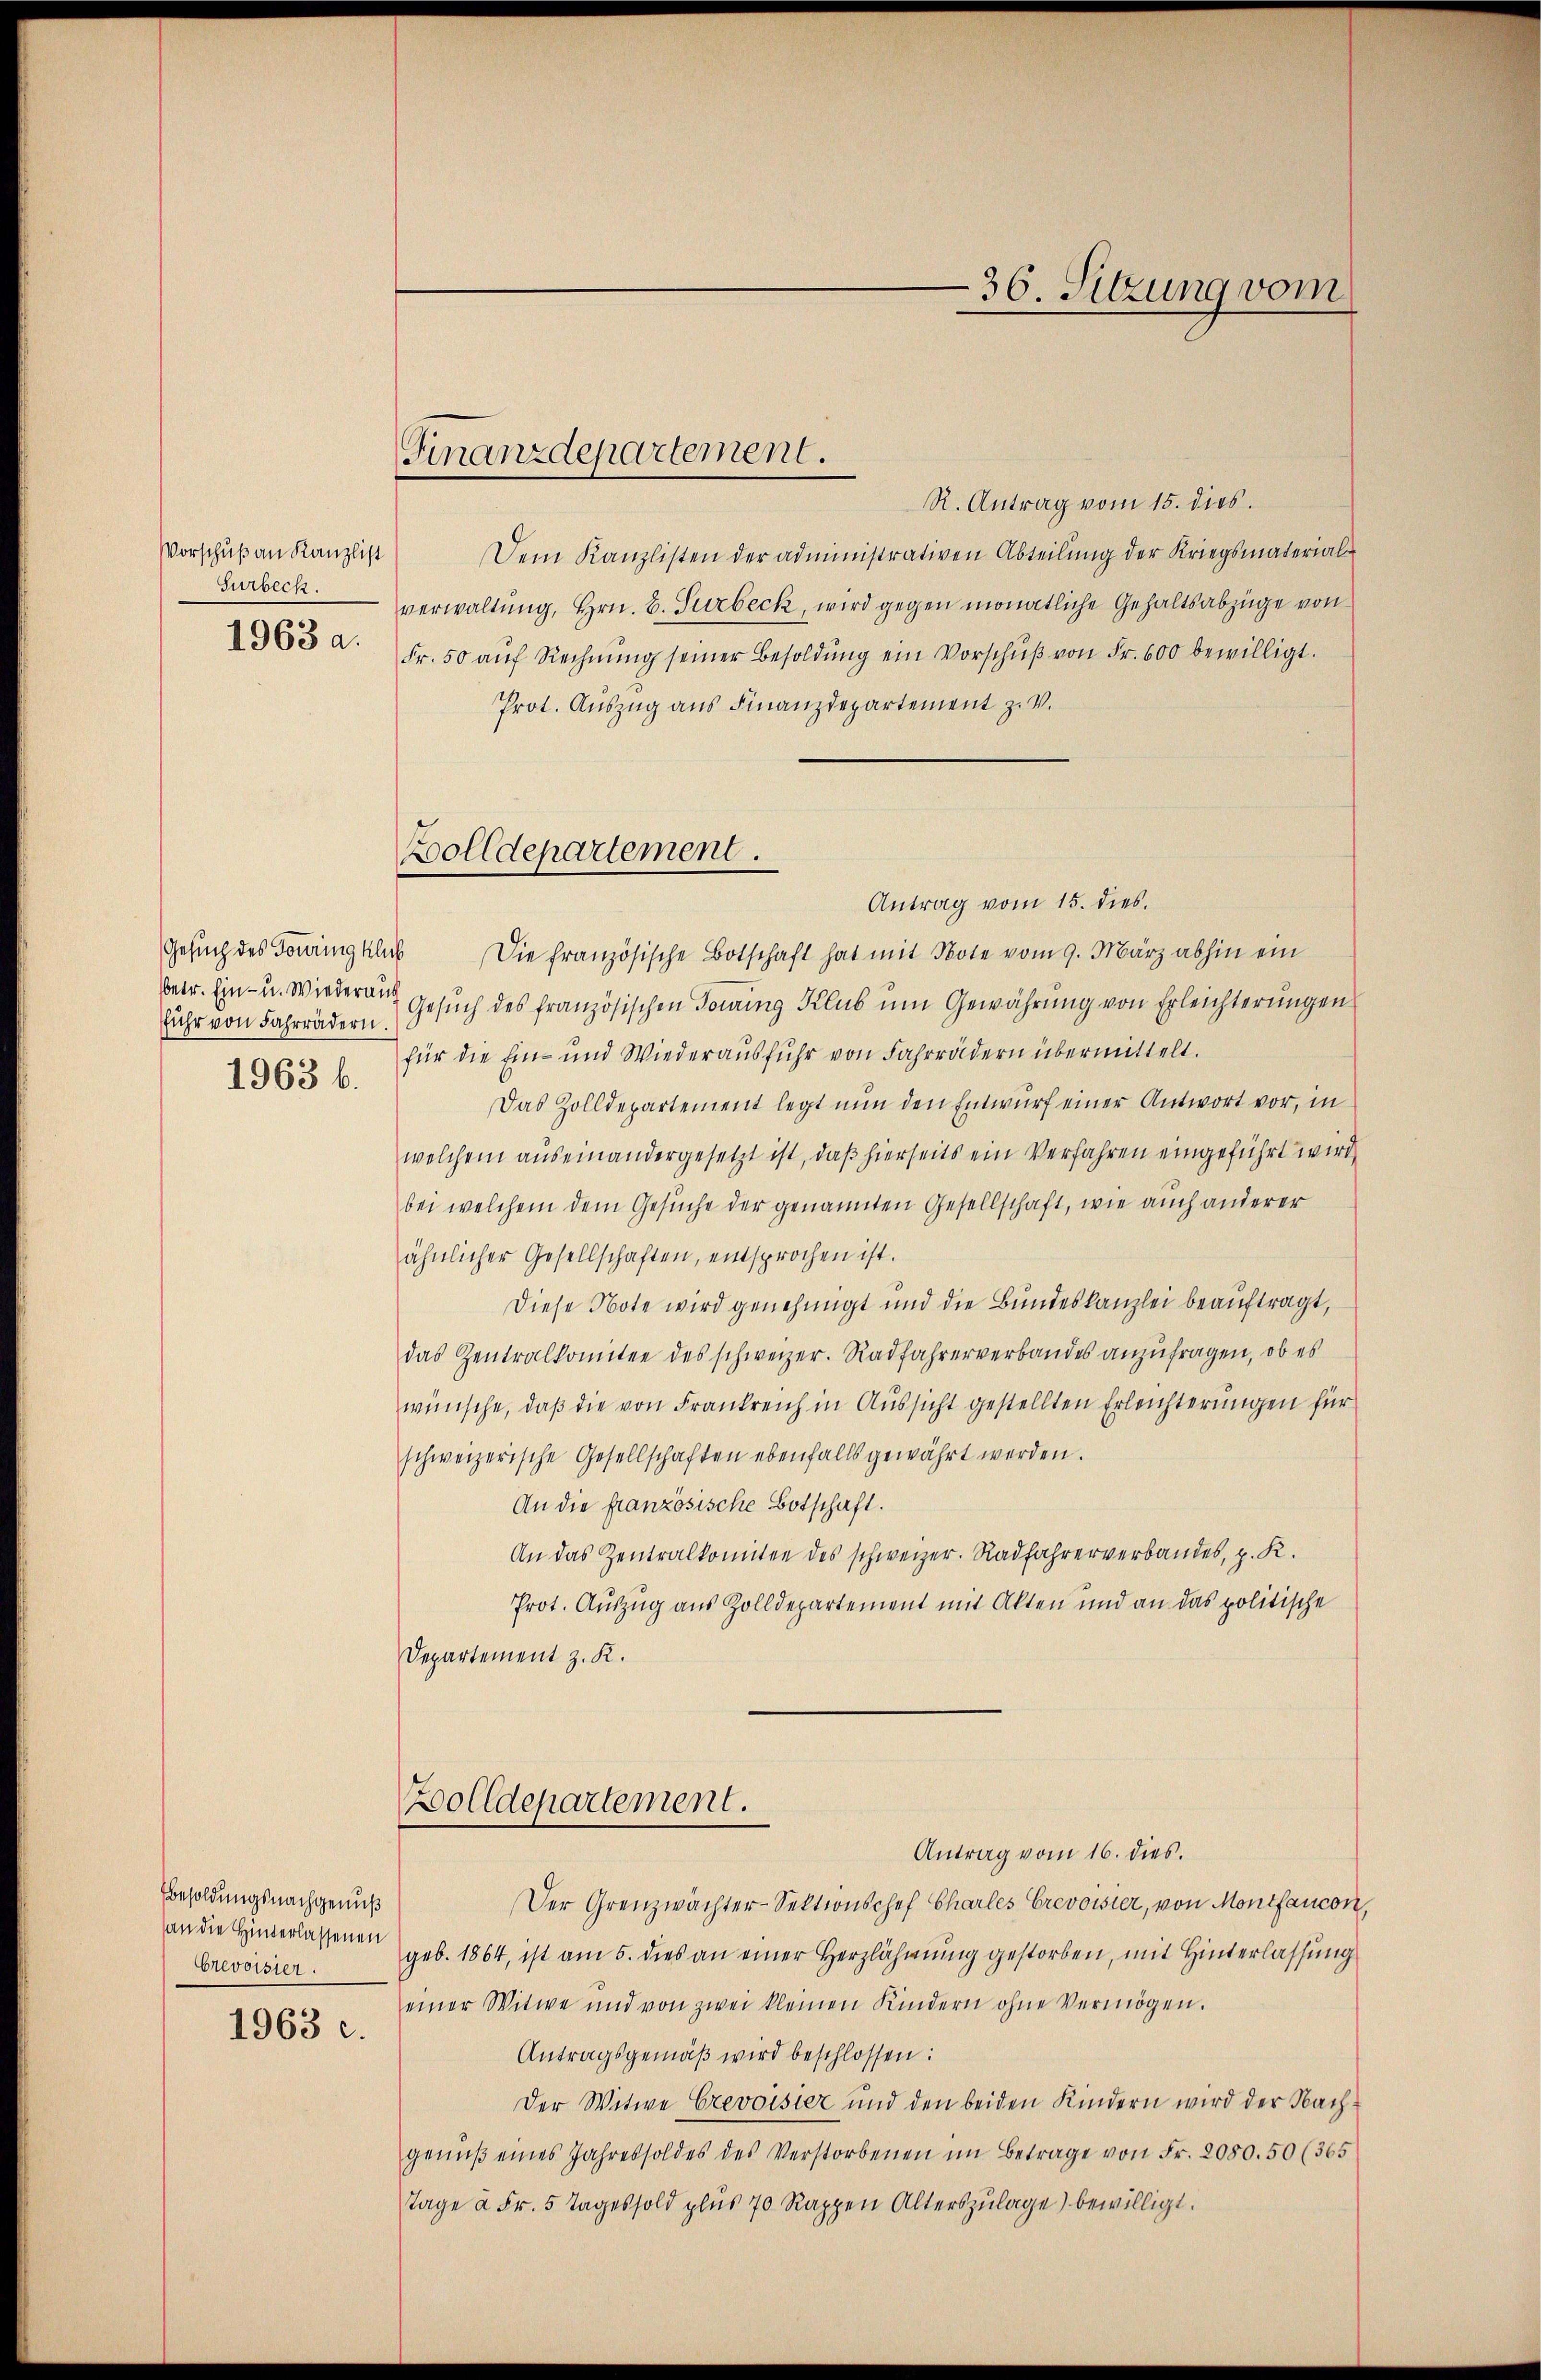
Vorschuß an Kanzlist
Surbeck.
1963 a.

fuhr von Fahrrädern.
1963 b.

besoldungsnachgenuß
(an die Hinterlassenen
Crevoisier.
1963 c.

R. Antrag vom 15. dies.
Dem Kanzlisten der administrativen Abteilung der Kriegsmaterialverwaltung, Hrn. B. Turbeck, wird gegen monatliche Gehaltsabzüge von
Fr. 50 aŭf Rechnŭng seiner Besoldŭng ein Vorschŭβ von Fr. 600 bewilligt.
Prot. Auszug aus Finanzdepartement z. v.
Antrag vom 15. dies.
Gesŭch des Torningklub Die französische Botschaft hat mit Note vom 9. März abhin ein
betr. Ein- u. Wieder Gesuch des französischen Tording Klus um Gewährung von Erleichterungen
für die Ein- und Wiederausfuhr von Fahrrädern übermittelt.
Das Zolldepartement legt nun den Entwurf einer Antwort vor, in
welchem auseinandergesetzt ist, daß hierseits ein Verfahren eingeführt wird,
bei welchem dem Gesuche der genannten Gesellschaft, wie auch anderer
ähnlicher Gesellschaften, entsprochen ist.
Diese Note wird genehmigt und die Bundeskanzlei beauftragt,
das Zentralkomitee des schweizer. Radfahrerverbandes anzufragen, ob es
wünsche, daß die von Frankreich in Aussicht gestellten Erleichterungen für
schweizerische Gesellschaften ebenfalls gewährt werden.
An die französische Botschaft.
An das Zentralkomitee des schweizer. Radfahrerverbandes, p. K.
Prot. Auszug aus Zolldepartement mit Akten und an das politische
Departement z. K.
Zolldepartement.
Antrag vom 16. dies.
Der Grenzwächter-Sektionschef Charles Crevoisier, von Montfaucon
geb. 1864, ist am 5. dies an einer Herzlähmung gestorben, mit Hinterlassung
einer Witwe und von zwei kleinen Kindern ohne Vermögen.
Antragsgemäß wird beschlossen:
Der Witwe Crevoisier und den beiden Kindern wird der Nachgenŭβ eines Jahres soldes des Verstorbenen im Betrage von Fr. 2080.50 (365
Tage à Fr. 5 Tages sold plus 70 Rappen Alterszŭlage) bewilligt.

Finanzdepartement.

Zolldepartement.

-36. Sitzung vom